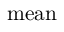
\mathrm { m e a n }